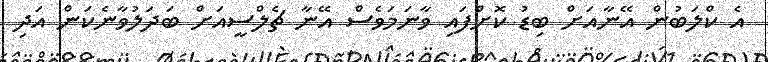
އެ ކްލަބުން އޭނާއަށް ބިޑު ކޮށްފައި ވާނަމަވެސް އޭނާ ޗެލްސީއަށް ބަދަލުވާނެކަން އަދި